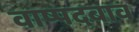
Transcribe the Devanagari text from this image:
वाष्पदबाव